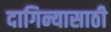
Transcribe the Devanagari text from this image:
दागिन्यासाठी